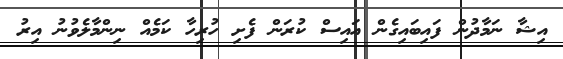
އިޝާ ނަމާދުން ފައިބައިގެން އައިސް ކުރަން ފެށި ހުރިހާ ކަމެއް ނިންމާލެވުނު އިރު